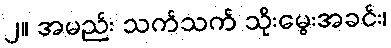
၂။ အမည်း သက်သက် သိုးမွေးအခင်း၊